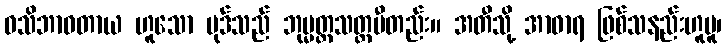
ဝသိဘာဝတာယ ဟူသော ပုဒ်သည် ဘုမ္မတ္ထသတ္တမီတည်း။ အတီသို့ အာဓာရ ဖြစ်သနည်းဟူမူ၊